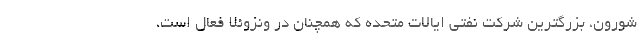
شورون، بزرگترین شرکت نفتی ایالات متحده که همچنان در ونزوئلا فعال است،